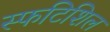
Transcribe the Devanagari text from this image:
स्फटिशिल